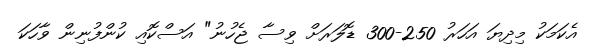
އެކަމަކު މިދިޔަ އަހަރު 250-300 ޑޮލަރަށް ވިސާ ޖެހުނު" އަސްކޮއި ކުންފުނިން ވާހަކަ